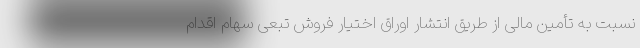
نسبت به تأمین مالی از طریق انتشار اوراق اختیار فروش تبعی سهام اقدام